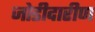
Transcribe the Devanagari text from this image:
जोडीदारीण